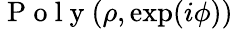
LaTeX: \mathrm{~P~o~l~y~}(\rho,\exp(i\phi))